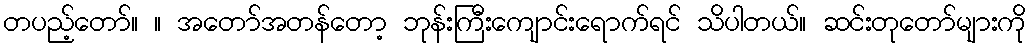
တပည့်တော်။ ။ အတော်အတန်တော့ ဘုန်းကြီးကျောင်းရောက်ရင် သိပါတယ်။ ဆင်းတုတော်များကို